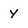
Character: y